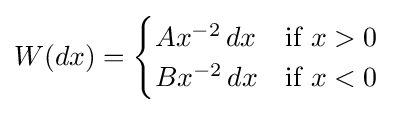
W(dx)={\begin{cases}Ax^{-2}\,dx&{\text{if }}x>0\\Bx^{-2}\,dx&{\text{if }}x<0\end{cases}}